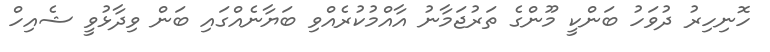
ހޮނިހިރު ދުވަހު ބަންކީ މޫންގެ ތަރުޖަމާނު އާއްމުކުރެއްވި ބަޔާނެއްގައި ބަން ވިދާޅުވީ ޝެއިހް